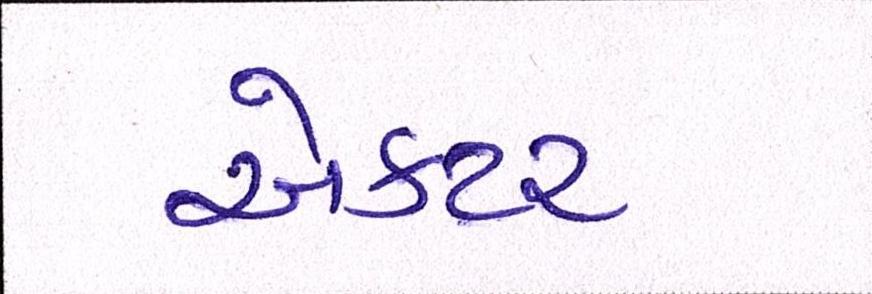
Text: ઍક્ટર